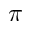
\pi